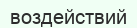
воздействий